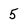
Character: 5